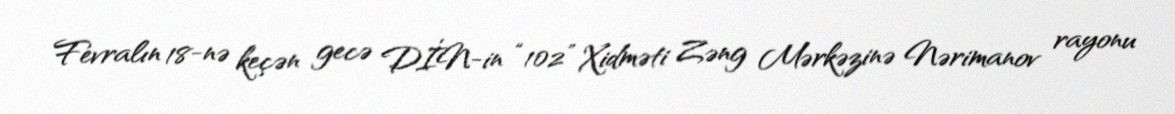
Fevralın 18-nə keçən gecə DİN-in “102” Xidməti Zəng Mərkəzinə Nərimanov rayonu